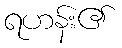
ရဟန်း၏